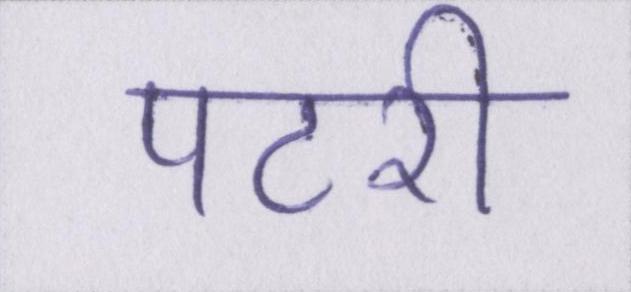
पटरी